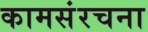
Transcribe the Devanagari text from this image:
कामसंरचना